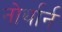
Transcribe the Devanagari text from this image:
नोर्थार्न